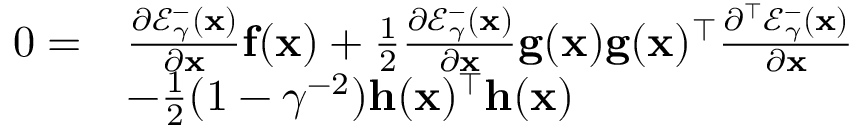
\begin{array} { r l } { 0 = } & { \frac { \partial \mathcal { E } _ { \gamma } ^ { - } ( \mathbf { x } ) } { \partial \mathbf { x } } \mathbf { f } ( \mathbf { x } ) + \frac { 1 } { 2 } \frac { \partial \mathcal { E } _ { \gamma } ^ { - } ( \mathbf { x } ) } { \partial \mathbf { x } } \mathbf { g } ( \mathbf { x } ) \mathbf { g } ( \mathbf { x } ) ^ { \top } \frac { \partial ^ { \top } \mathcal { E } _ { \gamma } ^ { - } ( \mathbf { x } ) } { \partial \mathbf { x } } } \\ & { - \frac { 1 } { 2 } ( 1 - \gamma ^ { - 2 } ) \mathbf { h } ( \mathbf { x } ) ^ { \top } \mathbf { h } ( \mathbf { x } ) } \end{array}